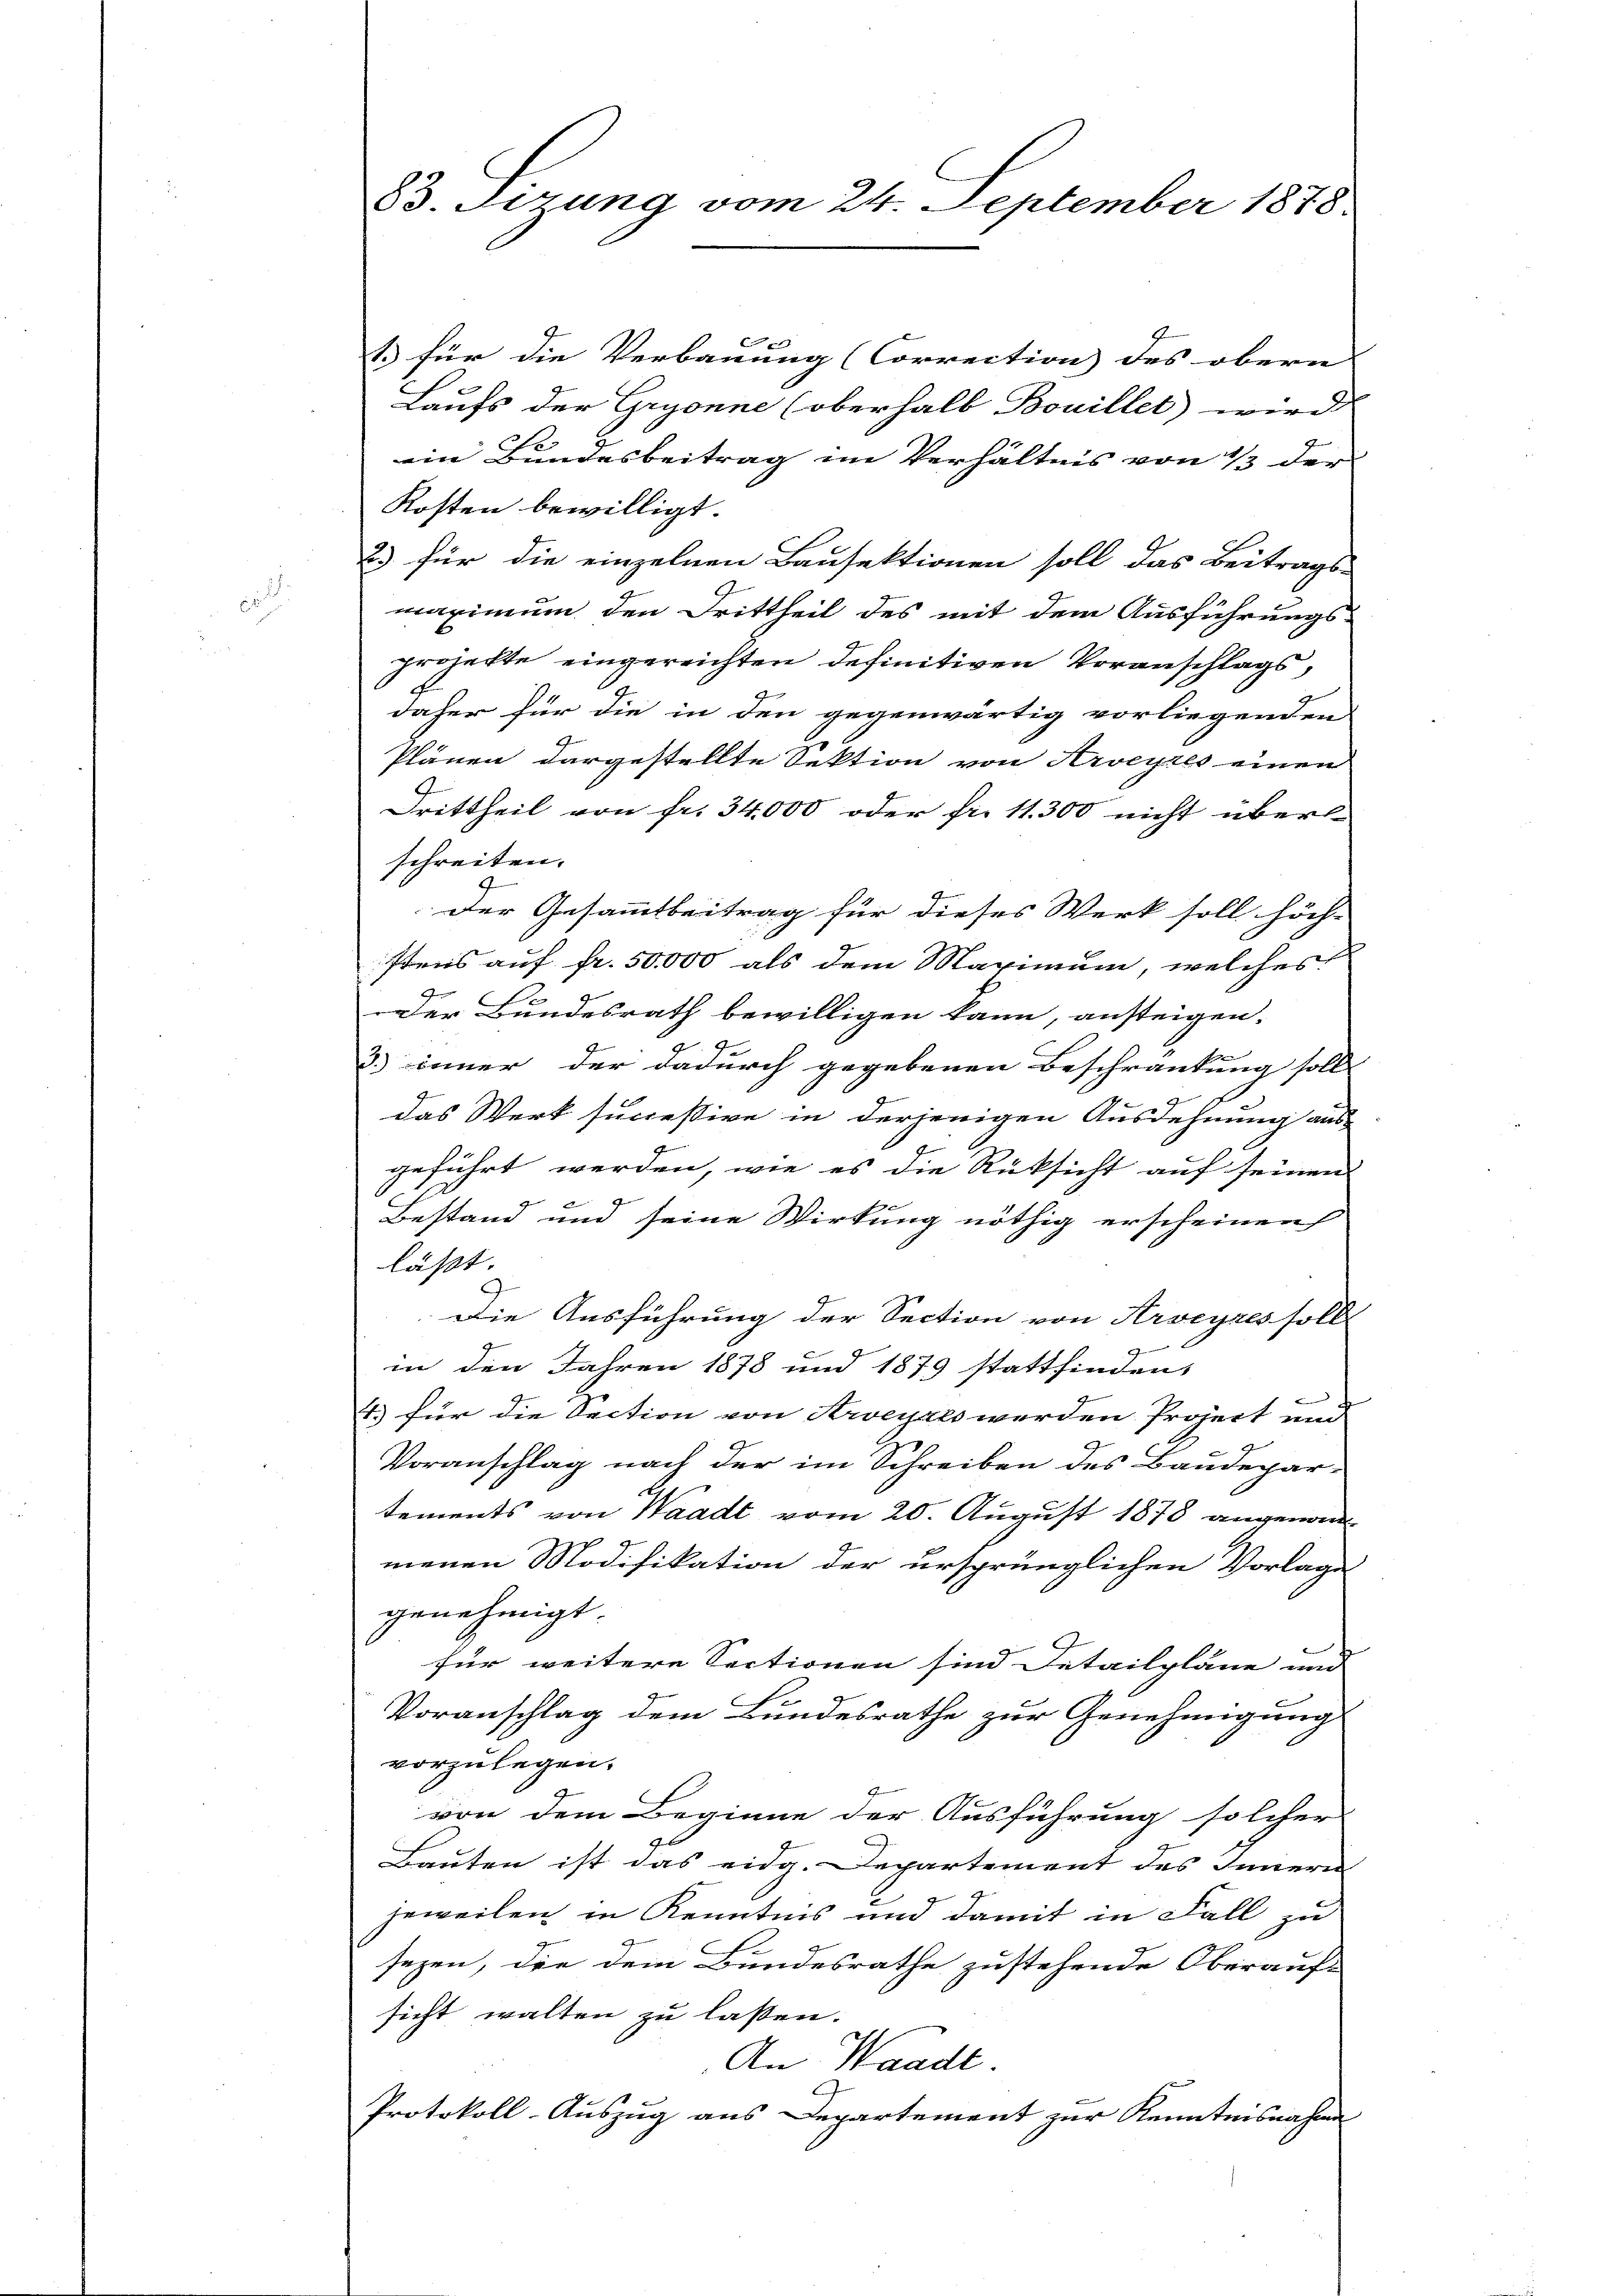
83. Sizung vom 24. September 1878.

1.) für die Verbauung (Correction des obern |
Laufs der Gryonne (oberhalb Bouillet wird
ein Bundesbeitrag im Verhältnis von 1/3 der
Kosten bewilligt.
2) für die einzelnen Bausektionen soll das Beitrags-
maximum den Drittheil des mit dem Ausführungs-
projekte eingereichten definitiven Voranschlags,
daher für die in den gegenwärtig vorliegenden
Plänen dargestellte Sektion von Arveyres einen
Drittheil von fr. 34,000 oder fr. 11. 300 nicht überl-
schreiten.
9
der Gesammtbeitrag für dieses Werk soll höch-
stens auf fr. 50,000 als dem Maximum, welches
.
Der Bundesrath bewilligen kann, ansteigen.
G
3.) inner der dadurch gegebenen Beschränkung soll
7
das Werk successive in derjenigen Ausdehnung aus
geführt werden, wie es die Rüksicht auf seinen
Bestand und seine Wirkung nöthig erscheinen
läßt.
Die Ausführung der Section von Arveyres soll
g
in den Jahren 1878 und 1879 stattfinden,
x
4.) für die Section von Arveyals werden Project und
Voranschlag nach der im Schreiben des Baudepar-
tements von Waadt vom 20. August 1878 angenommenen Modifikation der ursprünglichen Vorlage
genehmigt.
für weitere Sectionen sind Detailpläne und
Voranschlag dem Bundesrathe zur Genehmigung
vorzulegen.
von dem Beginne der Ausführung solcher
Bauten ist das eidg. Departement des Innern
jeweilen in Kenntnis und damit in Fall zu
sezen, die dem Bundesrathe zustehende Oberauf-
sicht walten zu lassen.
An Waadt.
Protokoll-Auszug aus Departement zur Kenntnisnahme